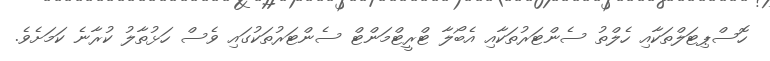
ހޮސްޕިޓަލްތަކާއި ހެލްތު ސެންޓަރުތަކާއި އެބޯލާ ޓްރީޓްމަންޓް ސެންޓަރުތަކުގައި ވެސް ހަޅުތާލު ކުރާނެ ކަމަށެވެ.